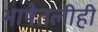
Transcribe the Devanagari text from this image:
भाषेतलीही